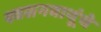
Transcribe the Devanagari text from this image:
श्वसनवायूंचे